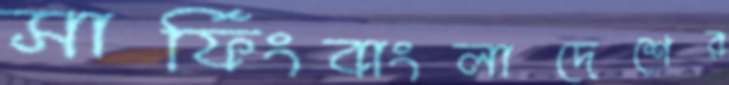
সার্ফিংবাংলাদেশের